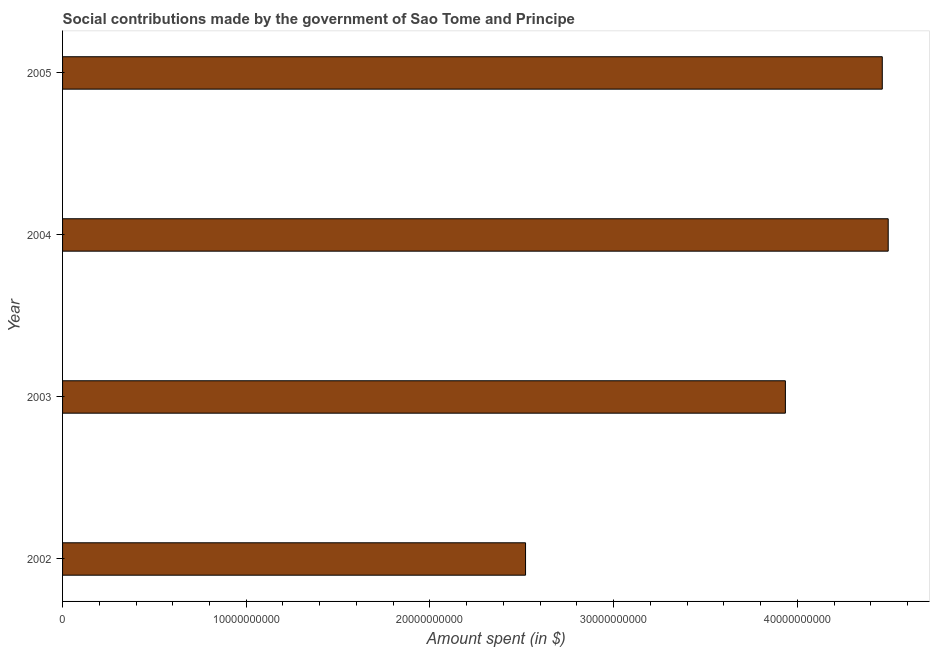
| Year | Social contributions |
 | --- | --- |
 | 2002 | 2.52e+10 |
 | 2003 | 3.94e+10 |
 | 2004 | 4.5e+10 |
 | 2005 | 4.46e+10 |